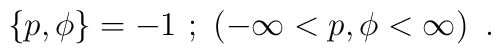
\left\{ p,\phi\right\}=-1\ ;\ \left(-\infty<p,\phi<\infty\right)\ .